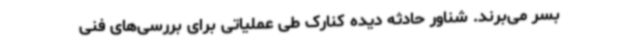
بسر می‌برند. شناور حادثه‌ دیده کنارک طی عملیاتی برای بررسی‌های فنی